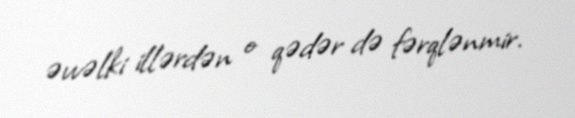
əvvəlki illərdən o qədər də fərqlənmir.